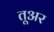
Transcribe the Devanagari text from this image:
तूअर